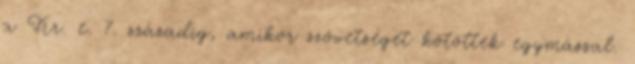
a Kr. e. 7. századig, amikor szövetséget kötöttek egymással.